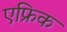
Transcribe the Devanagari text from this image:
एफ्रिक